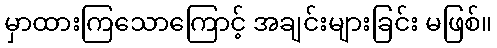
မှာထားကြသောကြောင့် အချင်းများခြင်း မဖြစ်။